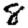
Digit: 8